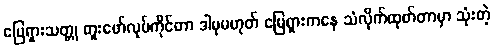
မြေရှားသတ္တု တူးဖော်လုပ်ကိုင်တာ ဒါမှမဟုတ် မြေရှားကနေ သံလိုက်ထုတ်တာမှာ သုံးတဲ့